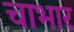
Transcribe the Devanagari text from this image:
चाभार